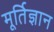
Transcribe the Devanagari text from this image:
मूर्तिज्ञान